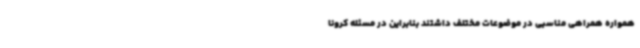
همواره همراهی مناسبی در موضوعات مختلف داشتند بنابراین در مسئله کرونا